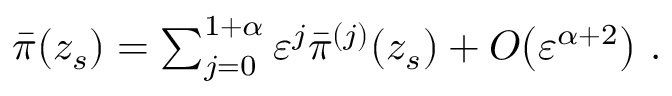
\begin{array} { r } { \bar { \pi } ( z _ { s } ) = \sum _ { j = 0 } ^ { 1 + \alpha } { \varepsilon } ^ { j } \bar { \pi } ^ { ( j ) } ( z _ { s } ) + { O } \! \left( { \varepsilon } ^ { \alpha + 2 } \right) \, . } \end{array}